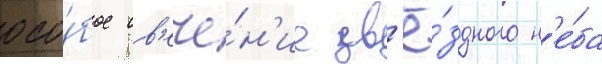
осо́бое св'ече́н'ие зв'ё́здного н'е́ба